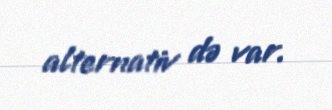
alternativ də var.